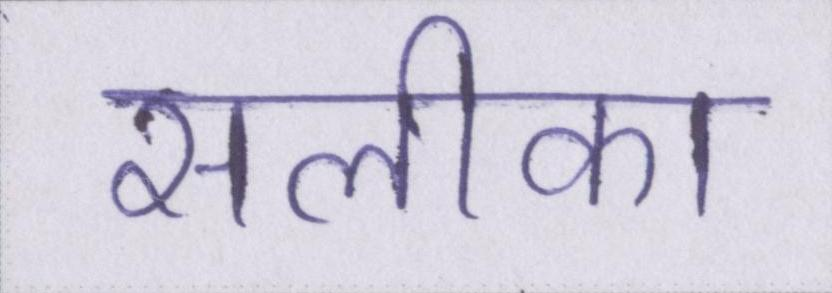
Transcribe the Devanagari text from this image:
सलीका